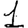
Digit: 1